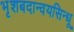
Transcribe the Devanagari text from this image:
भृशबदान्वयसिन्धू